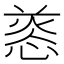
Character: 𢝑